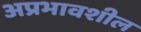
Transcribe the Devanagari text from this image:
अप्रभावशील